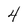
Character: 4